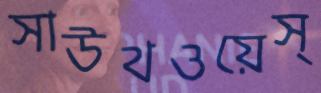
সাউথওয়েস্